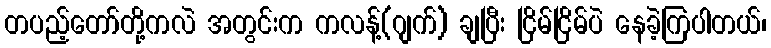
တပည့်တော်တို့ကလဲ အတွင်းက ကလန့်(ဂျက်) ချပြီး ငြိမ်ငြိမ်ပဲ နေခဲ့ကြပါတယ်၊